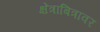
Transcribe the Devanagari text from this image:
क्षेत्राबित्रावर